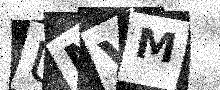
Text: UMVM